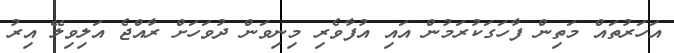
އަހަރުތައް މަތިން ފާހަގަކުރަމުން އައި އުފާވެރި މިނިވަން ދުވަހަށް ރާއްޖެ އަލިވިލޭ އިރު